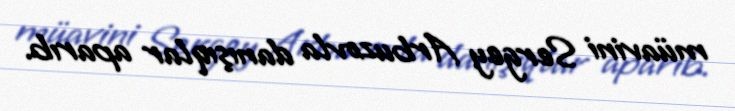
müavini Sergey Arbuzovla danışıqlar aparıb.